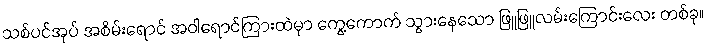
သစ်ပင်အုပ် အစိမ်းရောင် အဝါရောင်ကြားထဲမှာ ကွေ့ကောက် သွားနေသော ဖြူဖြူလမ်းကြောင်းလေး တစ်ခု။